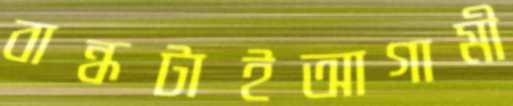
বান্ধটাইআগামী